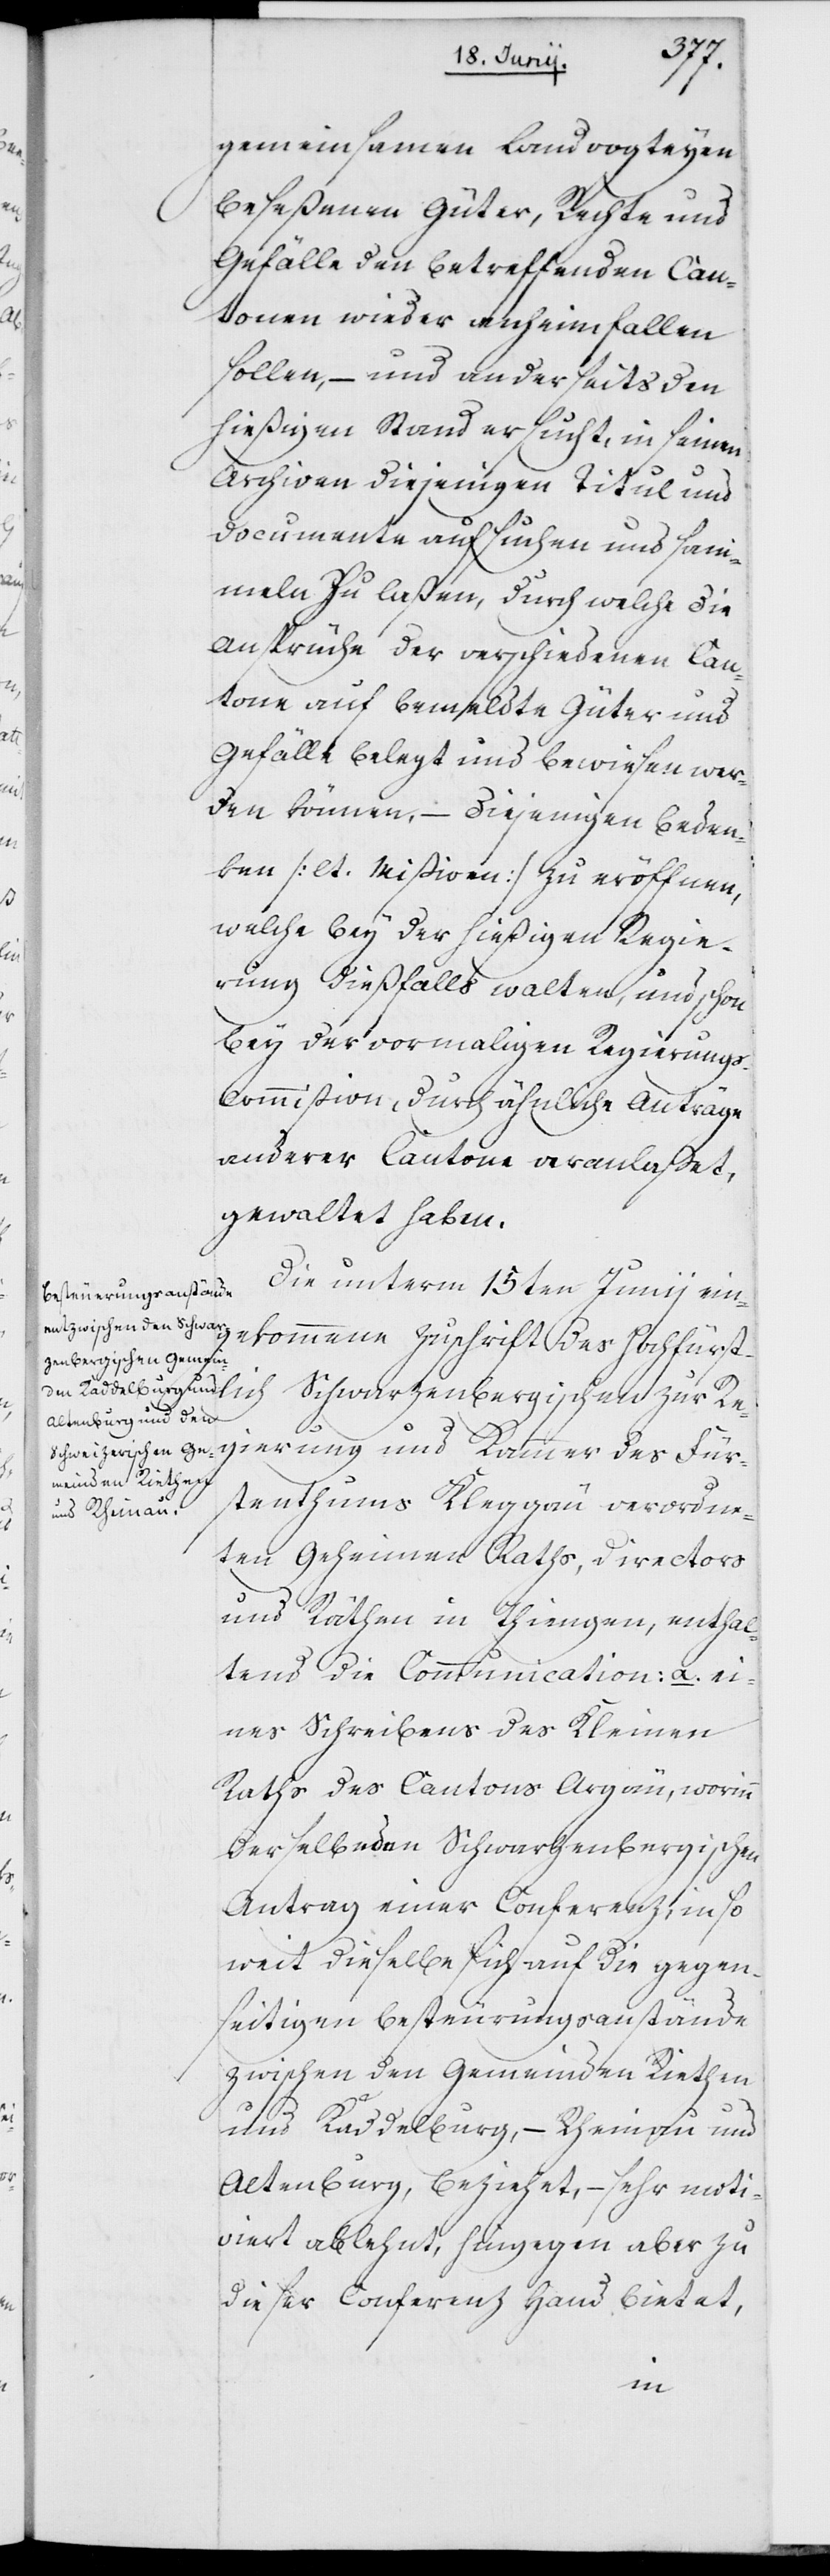
gemeinsamen Landvogteyen
beseßenen Güter, Rechte und
Gefälle den betreffenden Kan¬
tonen wieder anheimfallen
sollen, – und anderseits den
hiesigen Stand ersucht, in seinen
Archiven diejenigen Titul und
Documente aufsuchen und sam¬
meln zu laßen, durch welche die
Ansprüche der verschiedenen Kan¬
tone auf bemeldte Güter und
Gefälle belegt und bewiesen wer¬
den können, – diejenigen Beden¬
ken (lt. Mißiven) zu eröffnen,
welche bey der hießigen Regie¬
rung dießfalls walten, und schon
bey der vormaligen Regierung¬
s-Commißion durch ähnliche Anträge
anderer Cantone veranlaßet,
gewaltet haben.
Die unterm 15ten Junij ein¬
gekommene Zuschrift des Hochfürst¬
Schwarzenbergischen zur Re¬
gierung und Kammer des Für¬
stenthums Kleggau verordne¬
ten Geheimen Raths, Directors
und Räthen in Thiengen, enthal¬
tend die Communication: a. ei¬
nes Schreibens des Kleinen
Raths des Kantons Argäu, worinn
derselbe den Schwarzenbergischen
Antrag einer Conferenz, inso¬
weit dieselbe sich auf die gegen¬
seitigen Besteurungsanstände
zwischen den Gemeinden Riethen
und Kaddelburg, – Rheinau und
Altenburg, beziehet, – sehr moti¬
viert ablehnt, hingegen aber zu
dieser Conferenz Hand bietet,
lich